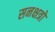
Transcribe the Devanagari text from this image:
सनक्षत्रो